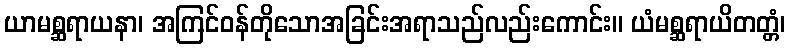
ယာမစ္ဆရာယနာ၊ အကြင်ဝန်တိုသောအခြင်းအရာသည်လည်းကောင်း။ ယံမစ္ဆရာယိတတ္တံ၊